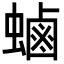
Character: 𮔶